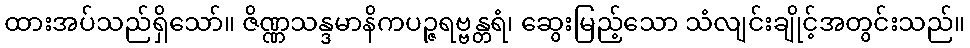
ထားအပ်သည်ရှိသော်။ ဇိဏ္ဏသန္ဒမာနိကပဉ္ဇရဗ္ဗန္တရံ၊ ဆွေးမြည့်သော သံလျင်းချိုင့်အတွင်းသည်။